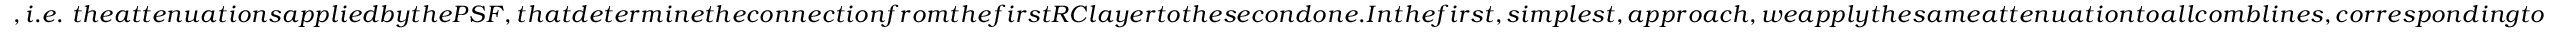
, i . e . \ t h e a t t e n u a t i o n s a p p l i e d b y t h e P S F , t h a t d e t e r m i n e t h e c o n n e c t i o n f r o m t h e f i r s t R C l a y e r t o t h e s e c o n d o n e . I n t h e f i r s t , s i m p l e s t , a p p r o a c h , w e a p p l y t h e s a m e a t t e n u a t i o n t o a l l c o m b l i n e s , c o r r e s p o n d i n g t o